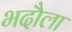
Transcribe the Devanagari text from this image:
भदौला